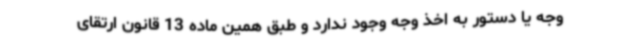
وجه یا دستور به اخذ وجه وجود ندارد و طبق همین ماده 13 قانون ارتقای